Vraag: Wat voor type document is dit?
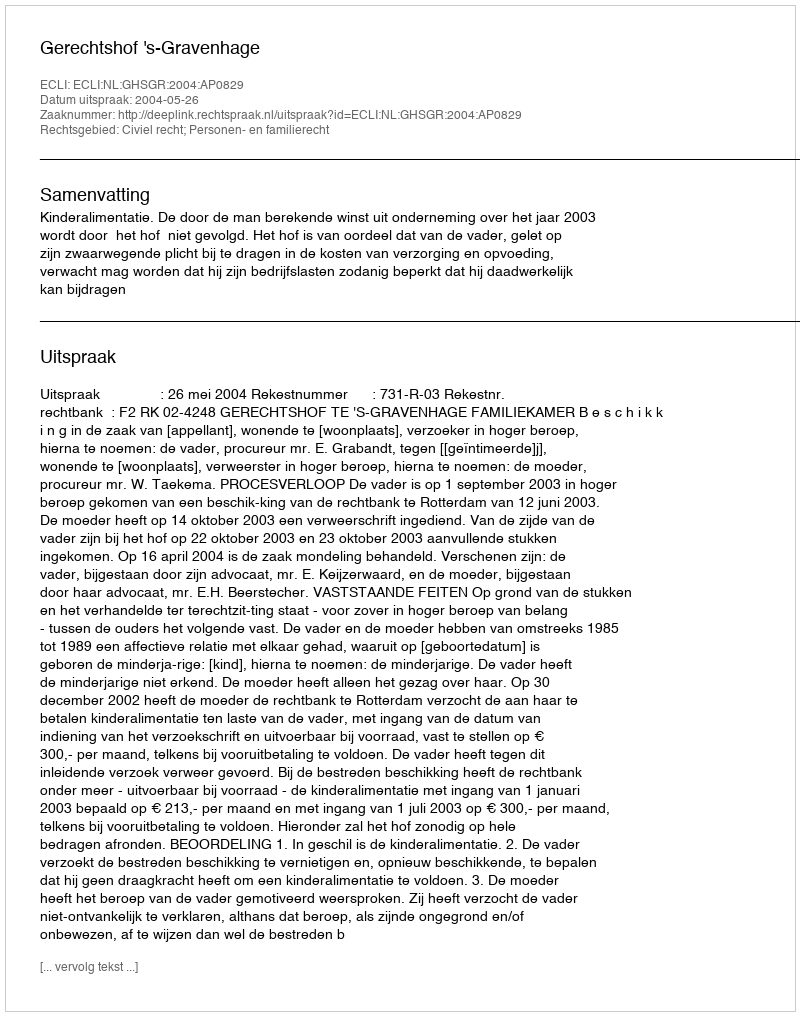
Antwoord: Uitspraak